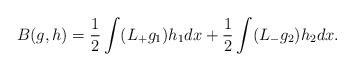
LaTeX: \begin{align*}B(g,h)=\frac{1}{2} \int (L_+ g_1) h_1 dx + \frac{1}{2} \int (L_- g_2) h_2 dx.\end{align*}